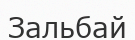
Зальбай